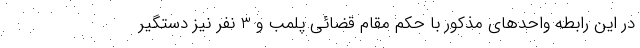
در این رابطه واحدهای مذکور با حکم مقام قضائی پلمب و 3 نفر نیز دستگیر